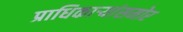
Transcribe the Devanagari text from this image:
प्राधिकाऱ्यांसमोर